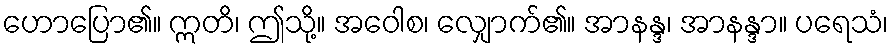
ဟောပြော၏။ ဣတိ၊ ဤသို့။ အဝေါစ၊ လျှောက်၏။ အာနန္ဒ၊ အာနန္ဒာ။ ပရေသံ၊